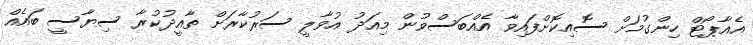
އެއާޕޯޓް ހިންގުމަށް ސޮއިކޮށްފައިވާ އެއްބަސްވުން މިއަދު އުވާލީ ސަރުކާރަށް ތާއީދުކުރާ ސިޔާސީ ބައެއް